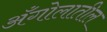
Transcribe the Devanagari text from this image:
अँगोलातील